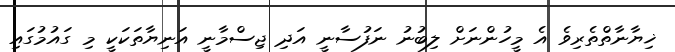
ޚިޔާނާތްތެރިވެ އެ މީހުންނަށް ލިބުނު ނަފުސާނީ އަދި ޖިސްމާނީ އަނިޔާތަކަކީ މި ގައުމުގައި